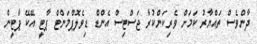
ދާންވެސް ތައްޔާރު ކަމަށް ވެރިކަންކުރާ ޖަސްޓިސް އެންޑް ޑިވެލޮޕްމަންޓް ޕާޓީ އޭކޭ ޕާޓީން